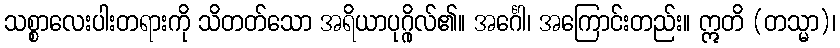
သစ္စာလေးပါးတရားကို သိတတ်သော အရိယာပုဂ္ဂိုလ်၏။ အင်္ဂေါ၊ အကြောင်းတည်း။ ဣတိ (တသ္မာ)၊